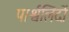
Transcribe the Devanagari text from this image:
पार्श्वलिंदों